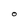
Character: 0